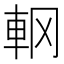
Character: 𨊾